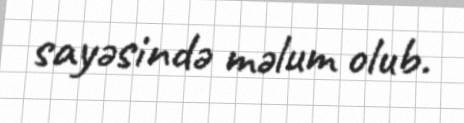
sayəsində məlum olub.